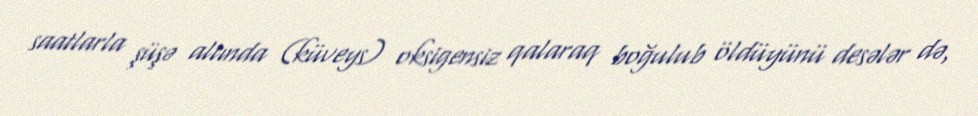
saatlarla şüşə altında (küveys) oksigensiz qalaraq boğulub öldüyünü desələr də,